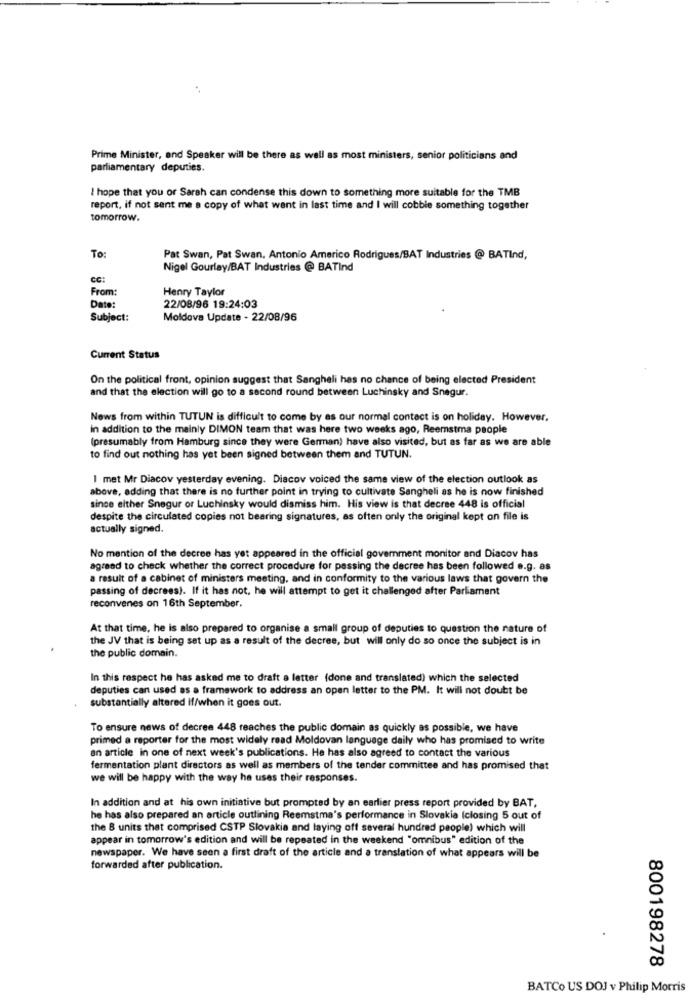
Prime Minister, and Speaker will be there as well as most ministers, senior politicians and
parliamentary deputies.
I hope that you or Sarah can condense this down to something more suitable for the TMB
report, if not sent me a copy of what went in last time and I will cobble something together
tomorrow.
To:
Pat Swan, Pat Swan, Antonio Americo Rodrigues/BAT Industries @ BATInd,
Nigel Gourlay/BAT Industries @ BATInd
CC:
From:
Henry Taylor
Date:
22/08/96 19:24:03
Subject:
Moldova Update - 22/08/96
Current Status
On the political front, opinion suggest that Sangheli has no chance of being elected President
and that the election will go to a second round between Luchinsky and Snegur.
News from within TUTUN is difficult to come by as our normal contact is on holiday. However,
in addition to the mainly DIMON team that was here two weeks ago, Reemstma people
(presumably from Hamburg since they were German) have also visited, but as far as we are able
to find out nothing has yet been signed between them and TUTUN.
I met Mr Diacov yesterday evening. Diacov voiced the same view of the election outlook as
above, adding that there is no further point in trying to cultivate Sangheli as he is now finished
since either Snegur or Luchinsky would dismiss him. His view is that decree 448 is official
despite the circulated copies not bearing signatures, as often only the original kept on file is
actually signed.
No mention of the decree has yet appeared in the official government monitor and Diacov has
agreed to check whether the correct procedure for passing the decree has been followed e.g. as
a result of a cabinet of ministers meeting, and in conformity to the various laws that govern the
passing of decrees). If it has not. he will attempt to get it challenged after Parliament
reconvenes on 16th September.
At that time, he is also prepared to organise a small group of deputies to question the nature of
the JV that is being set up as a result of the decree, but will only do so once the subject is in
the public domain.
In this respect he has asked me to draft a letter (done and translated) which the selected
deputies can used as a framework to address an open letter to the PM. It will not doubt be
substantially altered if/when it goes out.
To ensure news of decree 448 reaches the public domain as quickly as possible, we have
primed a reporter for the most widely read Moldovan language daily who has promised to write
an article in one of next week's publications. He has also agreed to contact the various
fermentation plant directors as well as members of the tender committee and has promised that
we will be happy with the way he uses their responses.
In addition and at his own initiative but prompted by an earlier press report provided by BAT,
he has also prepared an article outlining Reemstma's performance in Slovakia (closing 5 out of
the 8 units that comprised CSTP Slovakia and laying off several hundred people) which will
appear in tomorrow's edition and will be repeated in the weekend "omnibus" edition of the
newspaper. We have seen a first draft of the article and a translation of what appears will be
forwarded after publication.
800198278
BATCo US DOJ v Philip Morris